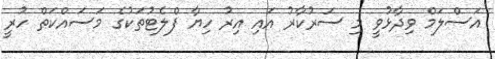
އަސްލަމް ވިދާޅުވީ މި ސަރުކާރު އައި އިރު ހިޔާ ފްލެޓުތަކުގެ މަސައްކަތް ހުރީ